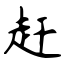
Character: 赶